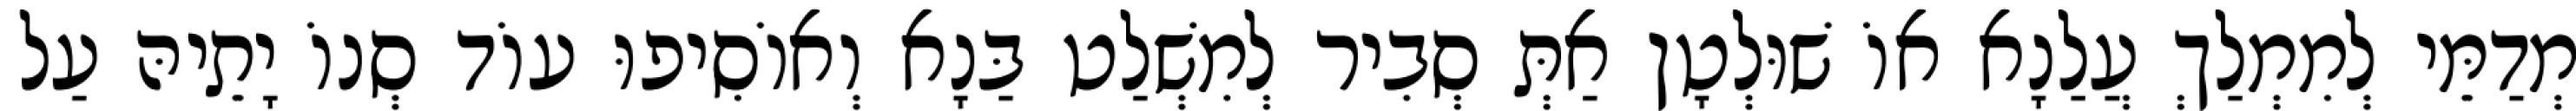
מְדַמֵּי לְמִמְלַךְ עֲלַנָא אוֹ שׁוּלְטָן אַתְּ סְבִיר לְמִשְׁלַט בַּנָא וְאוֹסִיפוּ עוֹד סְנוֹ יָתֵיהּ עַל